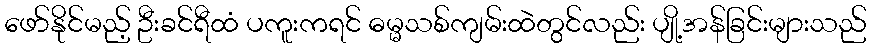
ဖော်နိုင်မည့် ဦးခင်ရီထံ ပကူးကရင် ဓမ္မသစ်ကျမ်းထဲတွင်လည်း ပျို့အန်ခြင်းများသည်